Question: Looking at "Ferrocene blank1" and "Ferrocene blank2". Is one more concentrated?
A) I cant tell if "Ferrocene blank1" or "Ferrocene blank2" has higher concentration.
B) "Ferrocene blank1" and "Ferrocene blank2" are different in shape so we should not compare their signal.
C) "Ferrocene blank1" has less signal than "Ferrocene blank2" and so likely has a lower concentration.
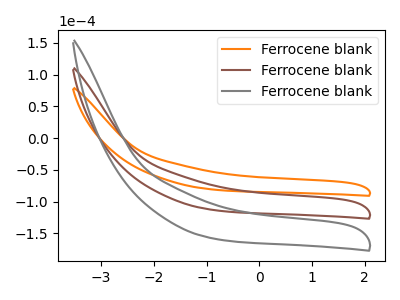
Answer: <think>The orange curve "Ferrocene blank1" has no peaks. The brown curve "Ferrocene blank2" has no peaks. The gray curve "Ferrocene blank3" has no peaks.
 Neither "Ferrocene blank1" or "Ferrocene blank2" have any peaks.</think>
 <answer>A) I cant tell if "Ferrocene blank1" or "Ferrocene blank2" has higher concentration.</answer>
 <eval>A</eval>